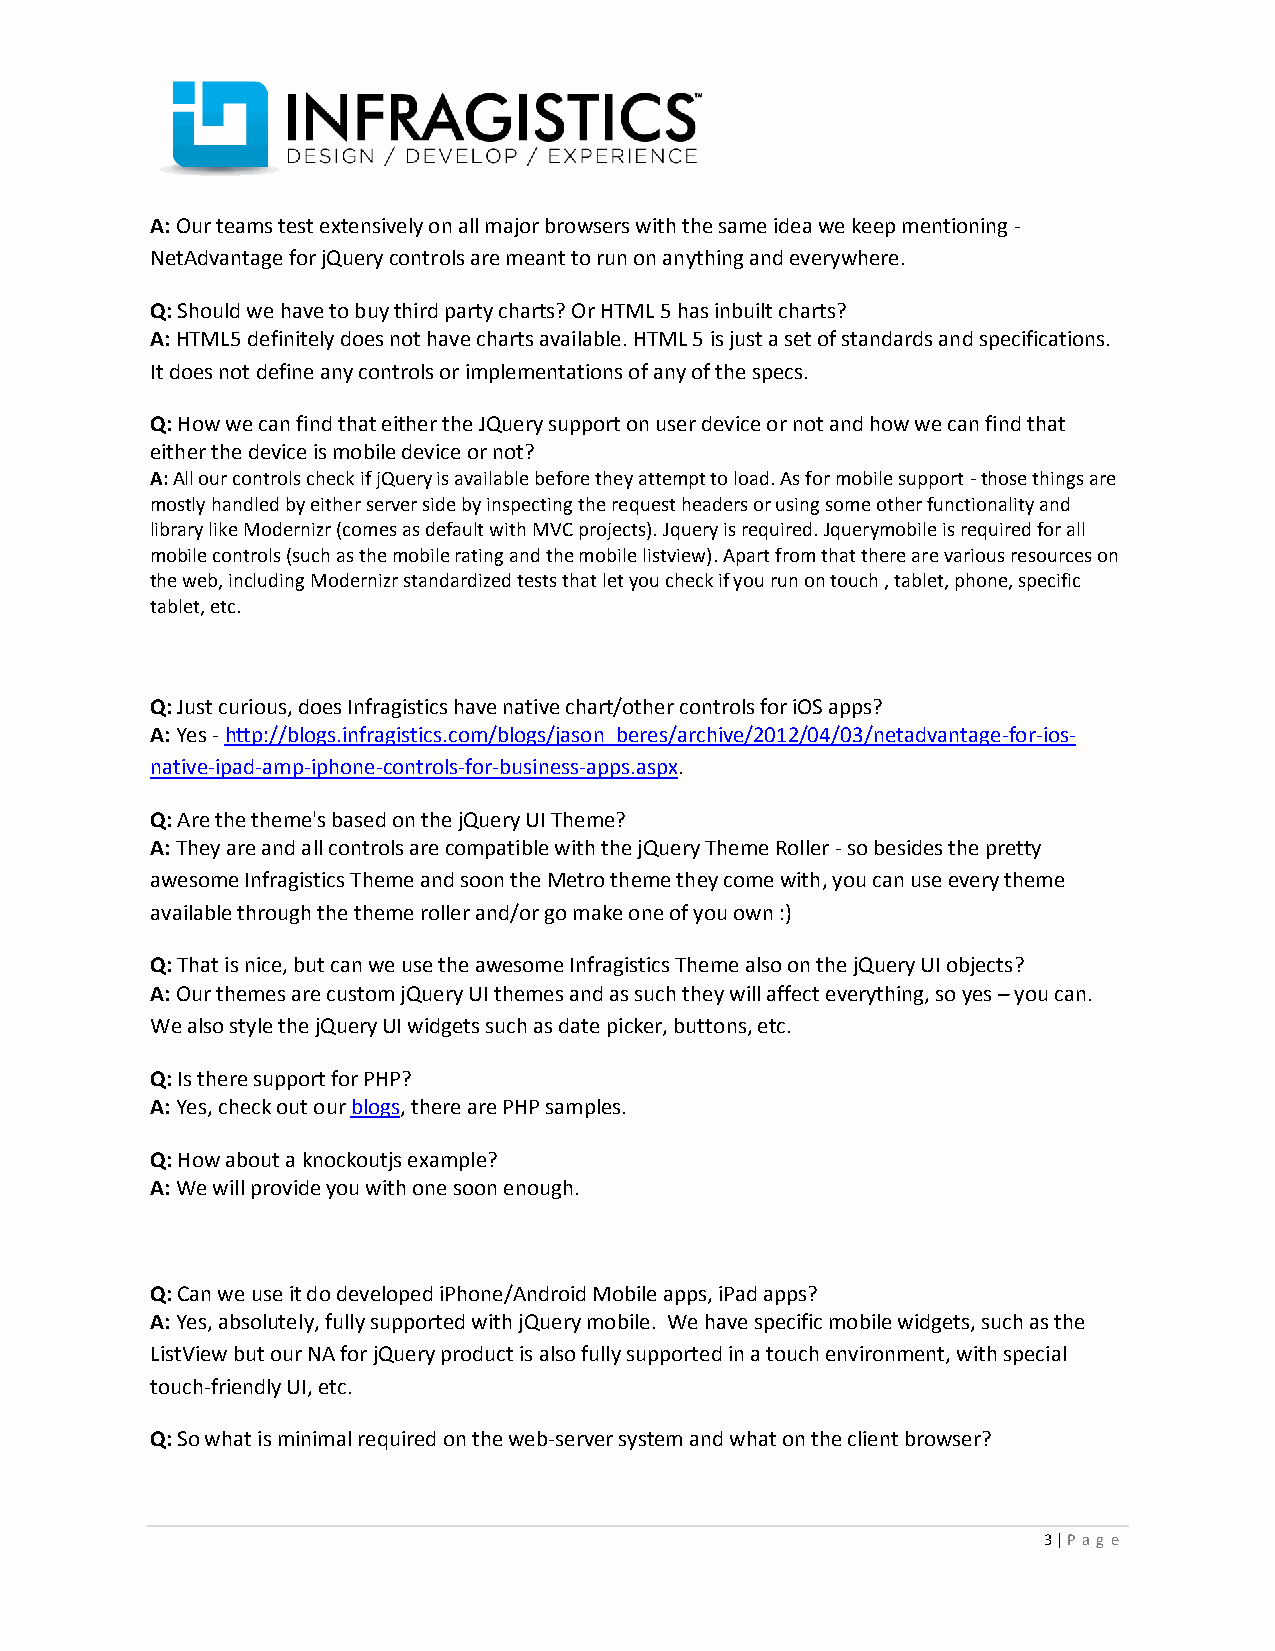
A: Our teams test extensively on all major browsers with the same idea we keep mentioning -
 NetAdvantage for jQuery controls are meant to run on anything and everywhere.
 Q: Should we have to buy third party charts? Or HTML 5 has inbuilt charts?
 A: HTML5 definitely does not have charts available. HTML 5 is just a set of standards and specifications.
 It does not define any controls or implementations of any of the specs.
 Q: How we can find that either the JQuery support on user device or not and how we can find that
 either the device is mobile device or not?
 A: All our controls check if jQuery is available before they attempt to load. As for mobile support - those things are
 mostly handled by either server side by inspecting the request headers or using some other functionality and
 library like Modernizr (comes as default with MVC projects). Jquery is required. Jquerymobile is required for all
 mobile controls (such as the mobile rating and the mobile listview). Apart from that there are various resources on
 the web, including Modernizr standardized tests that let you check if you run on touch , tablet, phone, specific
 tablet, etc.
 Q: Just curious, does Infragistics have native chart/other controls for iOS apps?
 A: Yes - http://blogs.infragistics.com/blogs/jason_beres/archive/2012/04/03/netadvantage-for-ios-
 native-ipad-amp-iphone-controls-for-business-apps.aspx.
 Q: Are the theme's based on the jQuery UI Theme?
 A: They are and all controls are compatible with the jQuery Theme Roller - so besides the pretty
 awesome Infragistics Theme and soon the Metro theme they come with, you can use every theme
 available through the theme roller and/or go make one of you own :)
 Q: That is nice, but can we use the awesome Infragistics Theme also on the jQuery UI objects?
 A: Our themes are custom jQuery UI themes and as such they will affect everything, so yes – you can.
 We also style the jQuery UI widgets such as date picker, buttons, etc.
 Q: Is there support for PHP?
 A: Yes, check out our blogs, there are PHP samples.
 Q: How about a knockoutjs example?
 A: We will provide you with one soon enough.
 Q: Can we use it do developed iPhone/Android Mobile apps, iPad apps?
 A: Yes, absolutely, fully supported with jQuery mobile. We have specific mobile widgets, such as the
 ListView but our NA for jQuery product is also fully supported in a touch environment, with special
 touch-friendly UI, etc.
 Q: So what is minimal required on the web-server system and what on the client browser?
 3 | P ag e